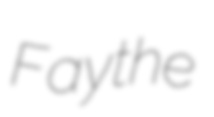
Faythe